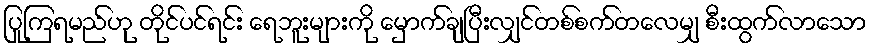
ပြုကြရမည်ဟု တိုင်ပင်ရင်း ရေဘူးများကို မှောက်ချပြီးလျှင်တစ်စက်တလေမျှ စီးထွက်လာသော